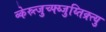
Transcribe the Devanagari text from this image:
व्केस्र्त्जुच्फ्य्जुय्तिक्र्त्यु